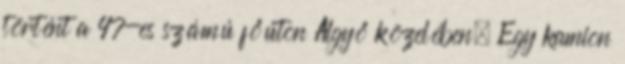
történt a 47-es számú főúton Algyő közelében. Egy kamion